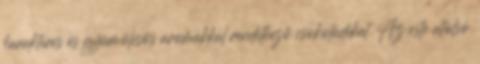
karakteres és gyümölcsös aromákkal rendelkező csokoládékat. Az este utolsó